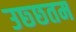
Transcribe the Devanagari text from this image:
उछ्छतम